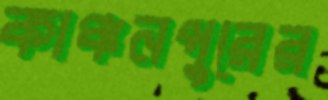
কাঞ্চনপুরের